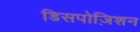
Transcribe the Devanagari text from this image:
डिसपोज़िशन